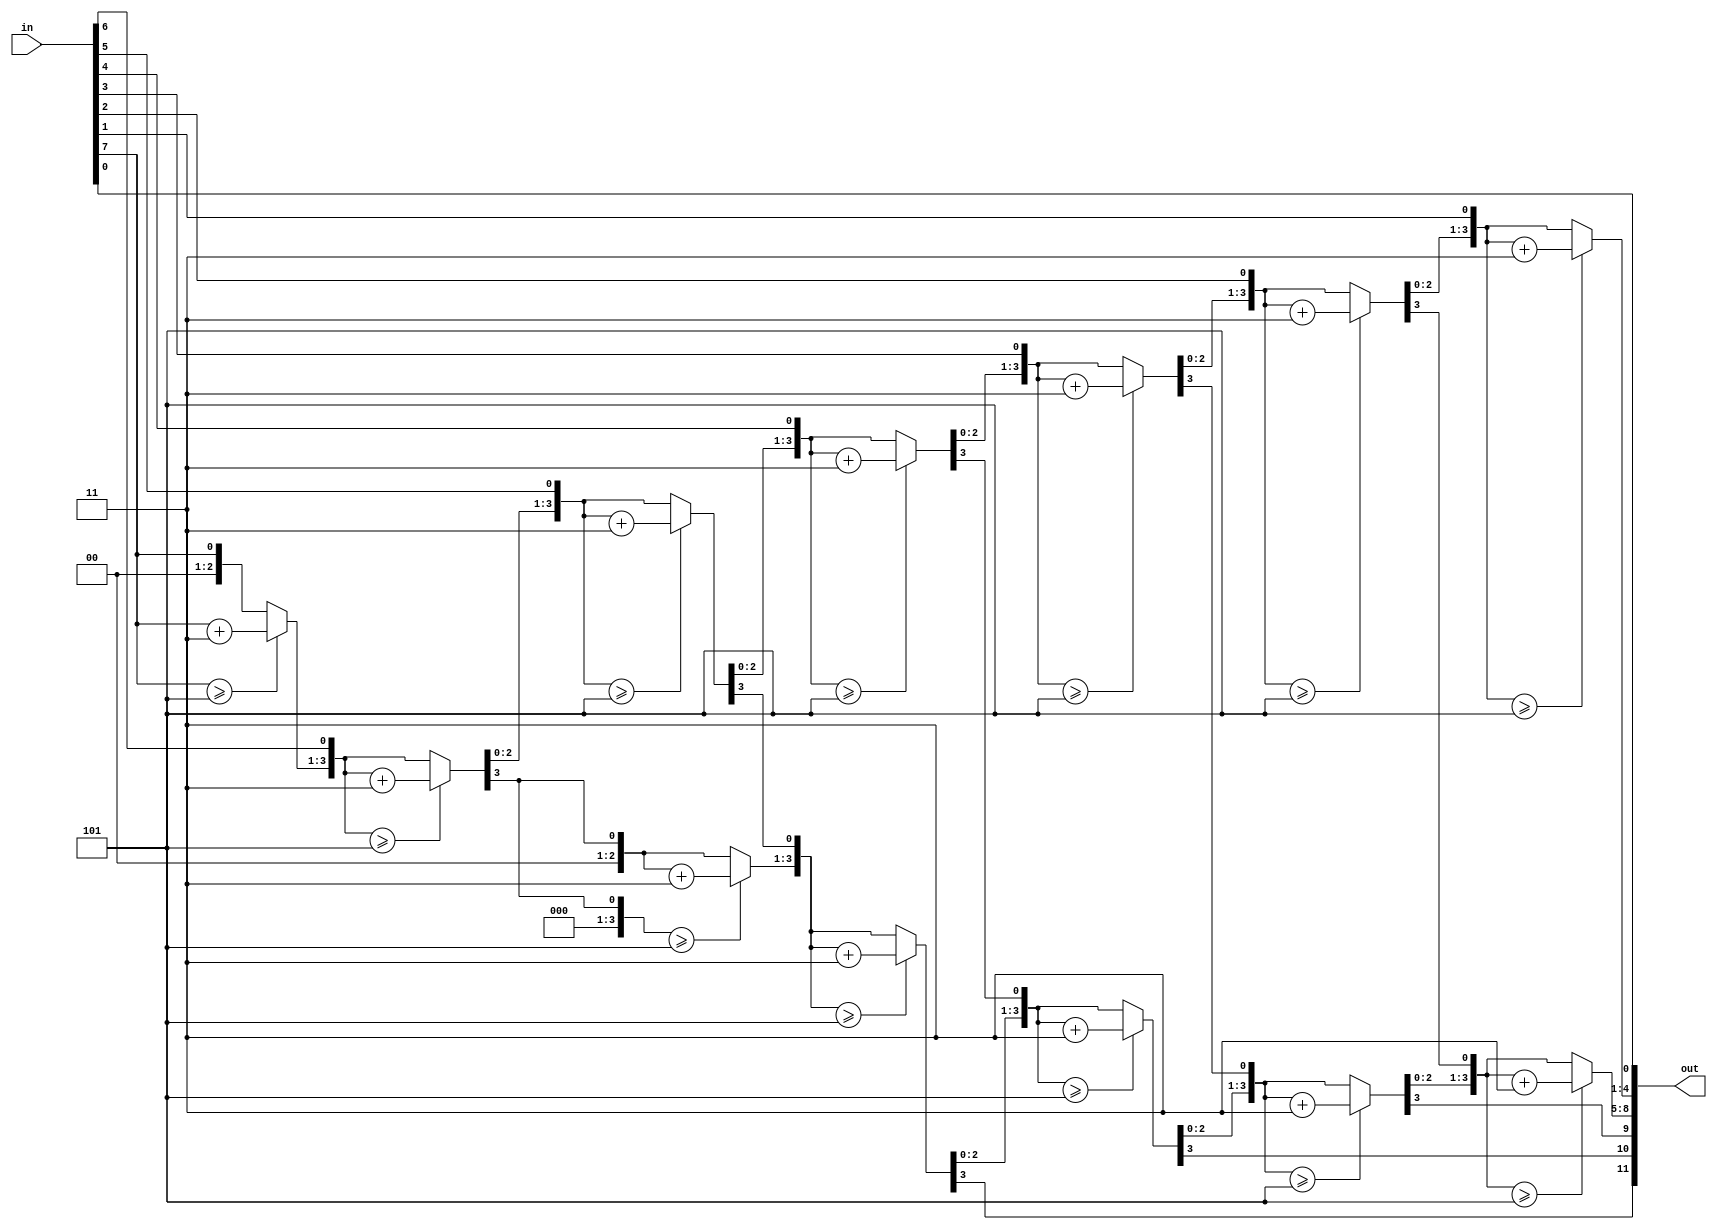
module abh(in,out);
input [7:0]in;
output wire [11:0]out;

reg [11:0]bcd;

integer i;
always @(in)
begin
	bcd = 0;
	
	for (i=0;i<8;i=i+1)
	begin
		if (bcd[3:0] >= 5)
			bcd[3:0] = bcd[3:0] + 3;
		if (bcd[7:4] >= 5)
			bcd[7:4] = bcd[7:4] + 3;
		bcd = {bcd[10:0],in[7-i]};
	end
		
end

assign out = bcd;

endmodule